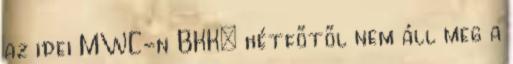
az idei MWC-n BKK: hétfőtől nem áll meg a